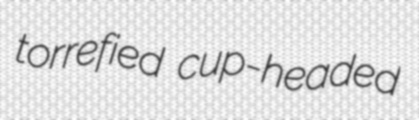
torrefied cup-headed